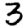
Digit: 3